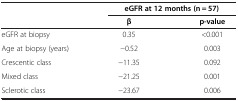
<table><thead><tr><td><b> </b></td><td colspan="2"><b>eGFR at 12 months (n = 57)</b></td></tr><tr><td><b> </b></td><td><b>β</b></td><td><b>p-value</b></td></tr></thead><tbody><tr><td>eGFR at biopsy</td><td>0.35</td><td>&lt;0.001</td></tr><tr><td>Age at biopsy (years)</td><td>-0.52</td><td>0.003</td></tr><tr><td>Crescentic class</td><td>-11.35</td><td>0.092</td></tr><tr><td>Mixed class</td><td>-21.25</td><td>0.001</td></tr><tr><td>Sclerotic class</td><td>-23.67</td><td>0.006</td></tr></tbody></table>